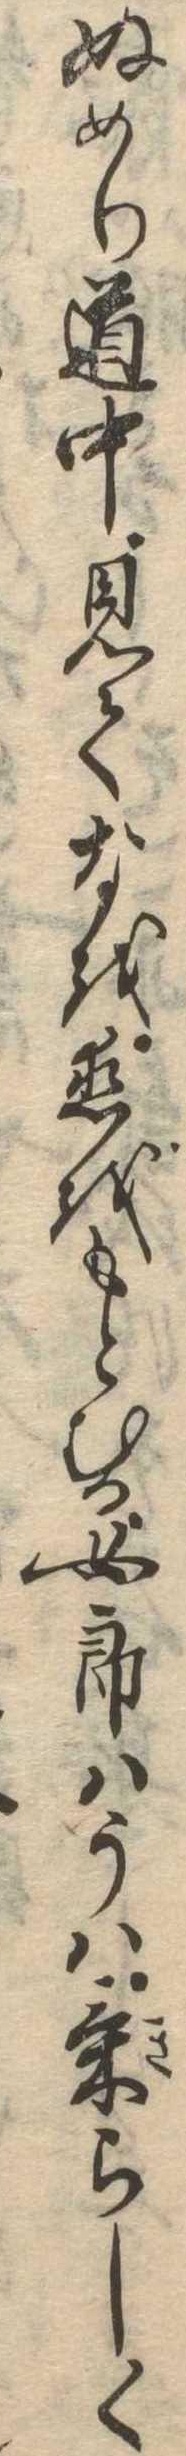
ぬめり道中見てなを恋をもとむる女郎はうは気らしく